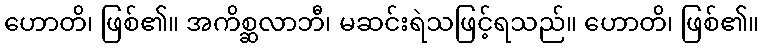
ဟောတိ၊ ဖြစ်၏။ အကိစ္ဆလာဘီ၊ မဆင်းရဲသဖြင့်ရသည်။ ဟောတိ၊ ဖြစ်၏။